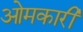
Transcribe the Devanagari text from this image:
ओमकारी